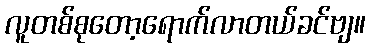
လူတစ်စုတော့ရောက်လာတယ်ခင်ဗျ။